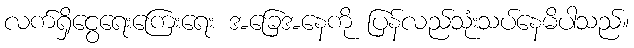
လက်ရှိငွေရေးကြေးရေး အခြေအနေကို ပြန်လည်သုံးသပ်နေမိပါသည်။